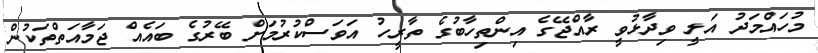
މުހައްމަދު އަލީ ވިދާޅުވީ ރާއްޖޭގެ އިންތިހާބުގެ ތާރީހު އަވަސްކުރުމަށް ބޭރުގެ ބައެއް ޖަމާއަތްތަކުން